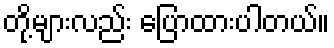
တို့များလည်း ပြောထားပါတယ်။